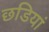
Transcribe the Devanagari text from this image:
छडियां